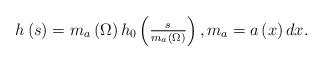
LaTeX: \begin{align*}\begin{array}{c}h\left( s\right) =m_{a}\left( \Omega \right) h_{0}\left( \frac{s}{m_{a}\left( \Omega \right) }\right) ,m_{a}=a\left( x\right) dx.\end{array}\end{align*}